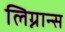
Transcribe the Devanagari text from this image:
लिग्नान्स